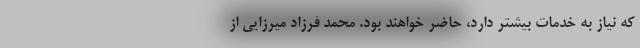
که نیاز به خدمات بیشتر دارد، حاضر خواهند بود. محمد فرزاد میرزایی از